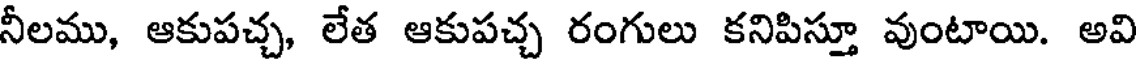
నీలము, ఆకుపచ్చ, లేత ఆకుపచ్చ రంగులు కనిపిస్తూ వుంటాయి. అవి